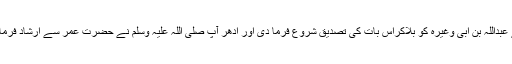
اِدھر تو آنحضرت صلی اللہ علیہ وسلم نے عبداللہ بن اُبی وغیرہ کو بلاکراس بات کی تصدیق شروع فرما دی اور اُدھر آپ صلی اللہ علیہ وسلم نے حضرت عمرؓ سے ارشاد فرمایا کہ اسی وقت لوگوں کو کُوچ کاحکم دو۔